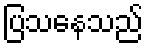
ပြသနေသည်